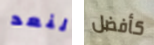
لنعد كأفضل